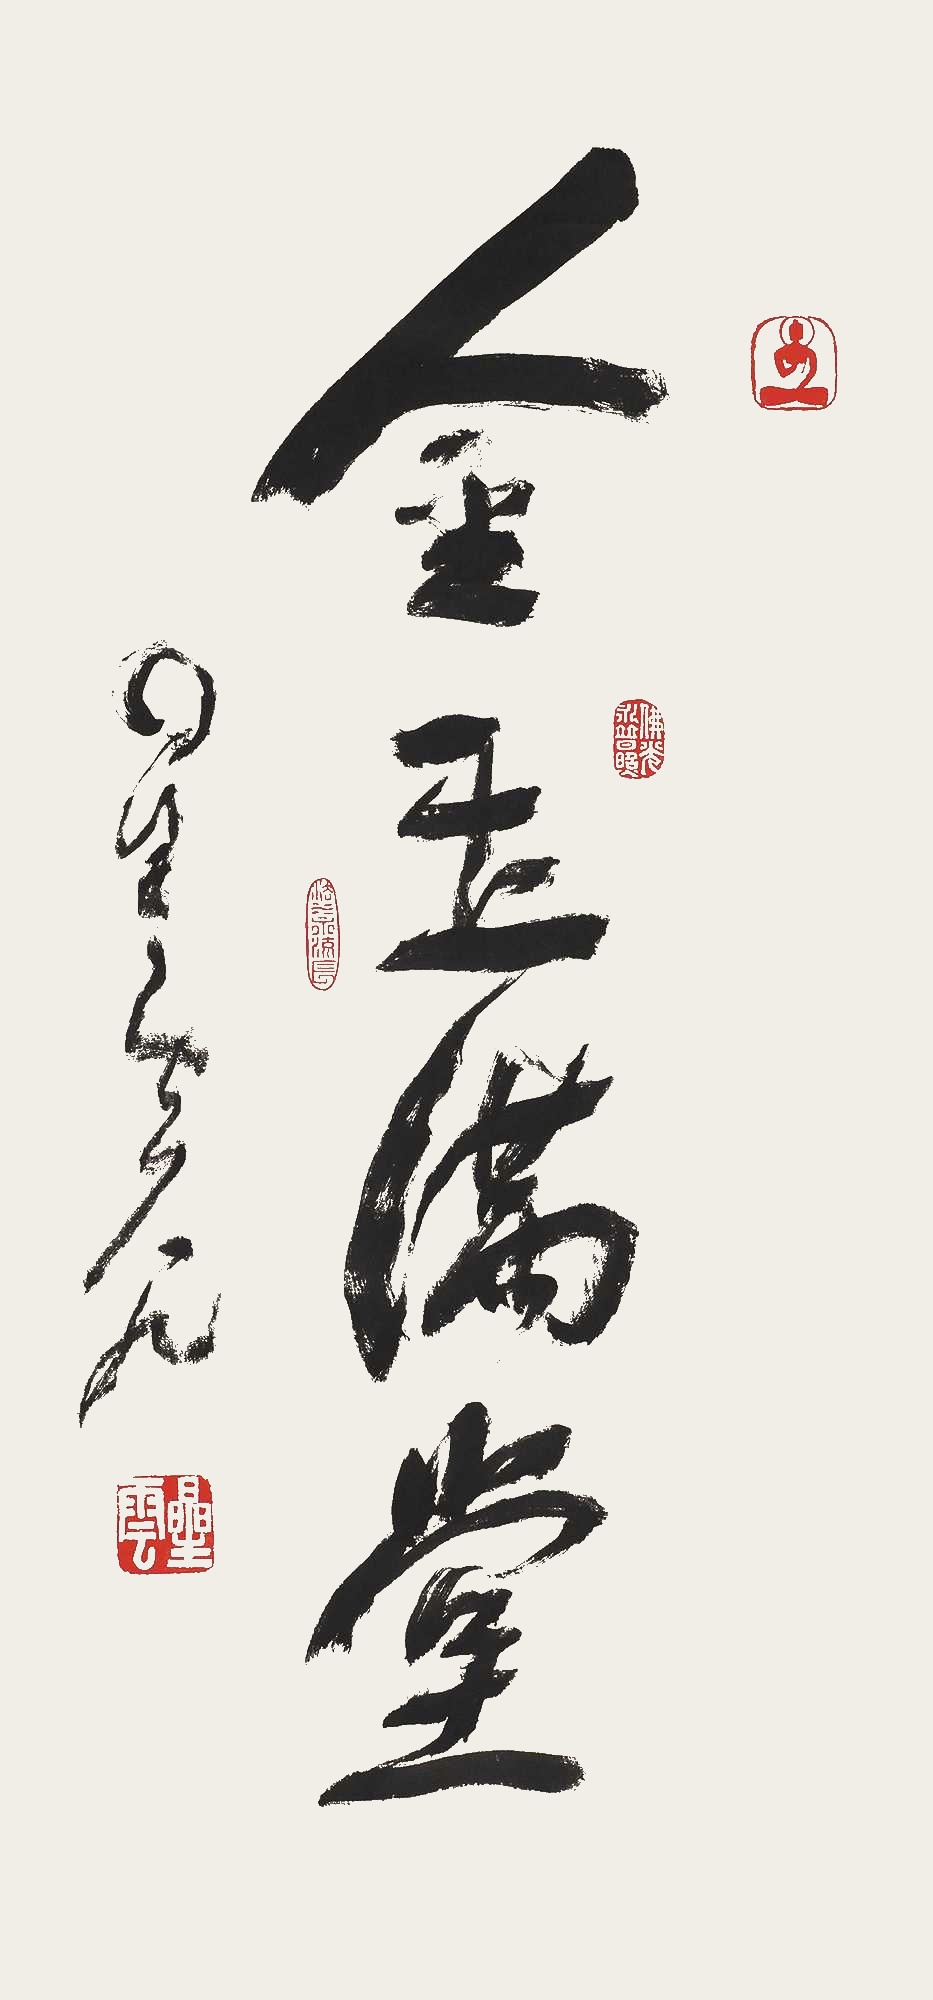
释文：金玉满堂星云八九。